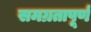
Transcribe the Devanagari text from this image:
समग्रतापूर्ण